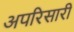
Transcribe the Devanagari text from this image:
अपरिसारी